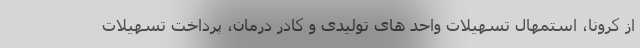
از کرونا، استمهال تسهیلات واحد های تولیدی و کادر درمان، پرداخت تسهیلات